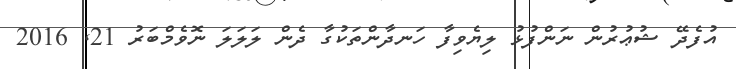
އުފެދޭ ޝުޢުރުން ނަންފުޅު ލިޔެވިފާ ހަނދާންތަކުގާ ދެން ލަލަލަ ނޮވެމްބަރު 21